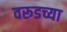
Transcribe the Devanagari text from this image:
वरूडच्या